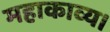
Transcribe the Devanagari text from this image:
महाकाव्य।